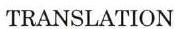
TRANSLATION